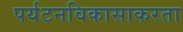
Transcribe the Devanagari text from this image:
पर्यटनविकासाकरता